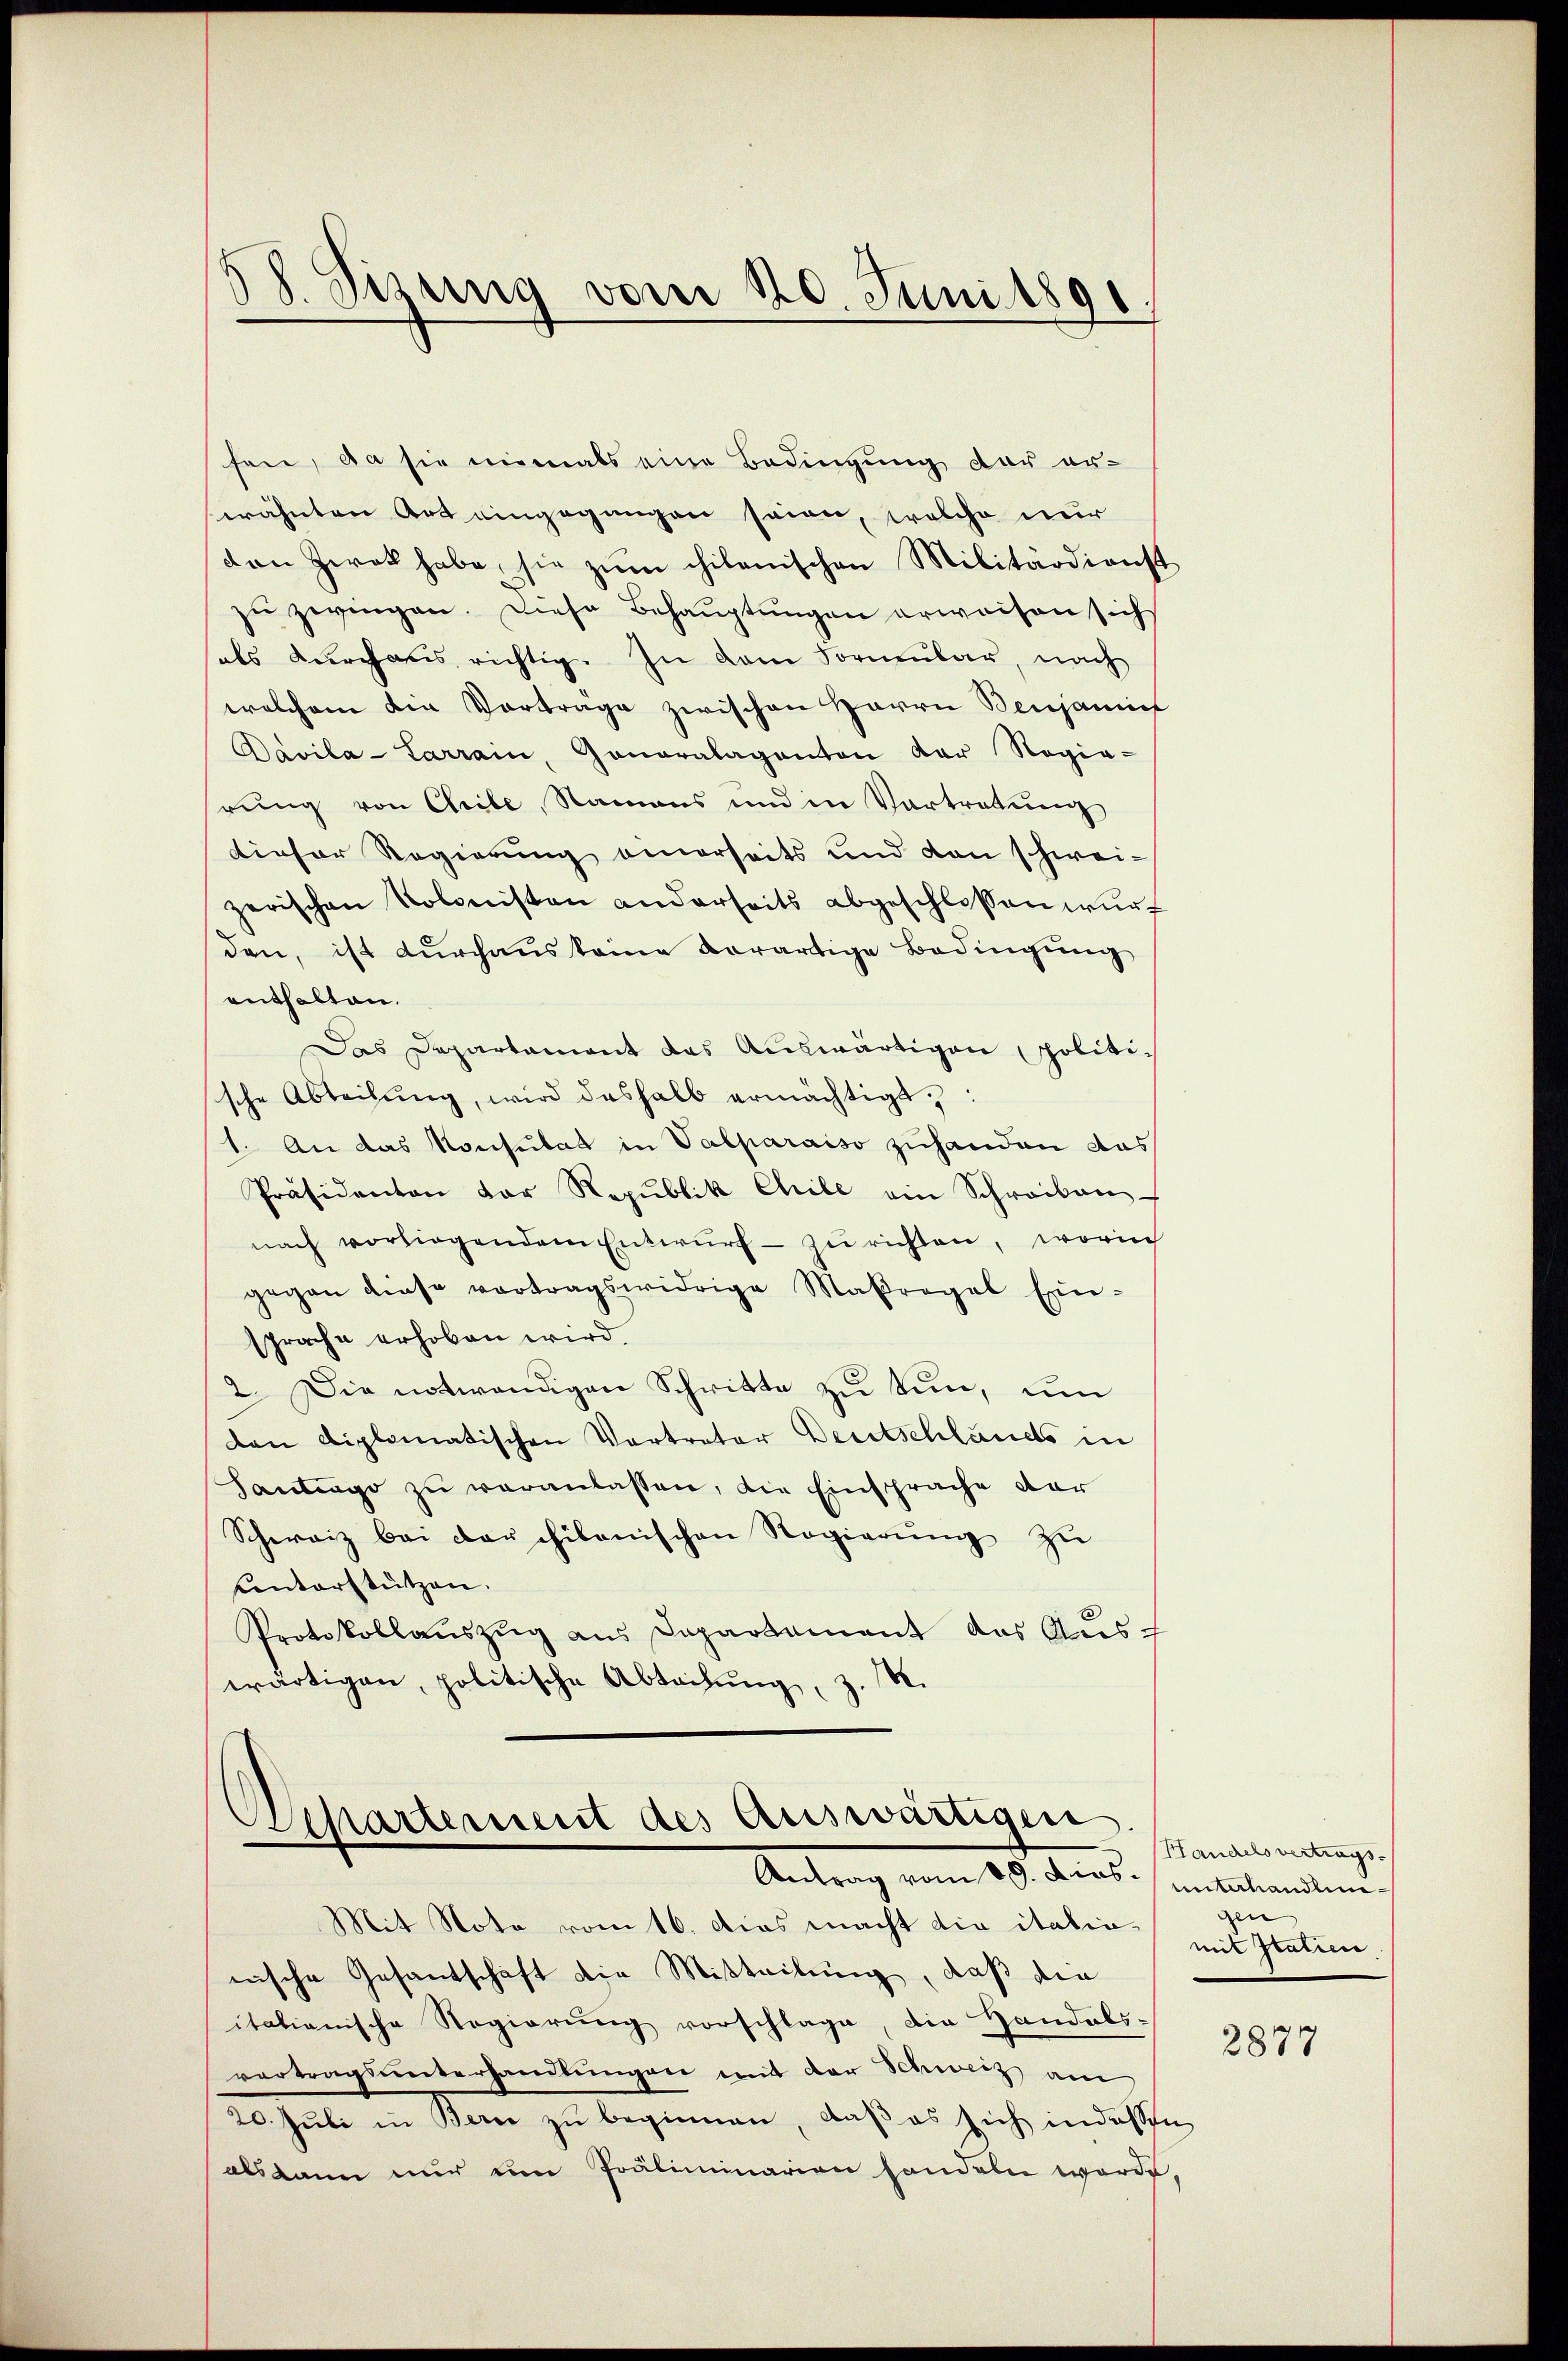
18. Sizung vom 120. Juni 1891

fen, da sie niemals eine Bedingung der er-
wähnten Art eingegangen seien, welche nur
den Zwek habe, sie zŭm chilenischen Militärdienst
zu zwingen. Diese Behauptungen erweisen sich
des Kircheres richtig. In dem Formular, nach
welchem die Vorträge zwischen Herrn Benjaminf
Davila-Sarrain, Ganaralaganton der Regia-
rŭng von Chrile, Namens und in Vortretŭng
dieser Regierung einerseits und den schwei-
zerischen Kolonisten anderseits abgeschlossen wŭr
den, ist durchaus keine Vorartige Bedingung
enthalten.
Das Departament das Auswärtigen politische Abteilŭng, wird deshalb ermächtigt,
1. An das Konsulat in Valparaiso zuhanden das
Präsidenton der Republik Chile ein Schreiben
nach vorliegendem Entwŭrf- zŭ richten, worin
gegen diese vortragswidrige Maßregel Ein-
sprache erhoben wird.
2. Die notwendigen Schritte zŭ tun, um
dan diplomatischen Vertreter Deutschlands in
Santrage zu veranlassen, die Einsprache dar
Schweiz bei der chikanischen Regierŭng zŭ
Conterstützen.
Protokollaŭszŭg ans Departement das Aŭs-
wärtigen, politische Abteilung, z. R.

Departement des Auswärtigen.
Antrag vom 19. Dies unterhandlun¬

Mit Nota vom 16. Das macht die italia
nische Gesantschaft die Mitteilung, daß die
itationische Regierung vorschlage, die Handels-
vertragsunterhandlŭngen mit der Schweiz am
20. Juli in Bern zu beginnen, daß es sich indessen
alsdann nur um Präliminarien handeln werde,

Handels vertrags-
den
mit Italien

2877